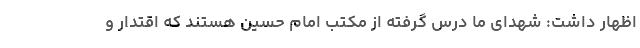
اظهار داشت: شهدای ما درس گرفته از مکتب امام حسین هستند که اقتدار و